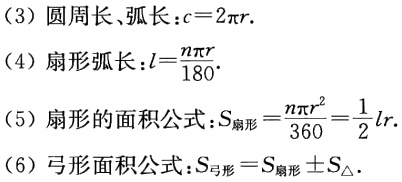
（3）圆周长、弧长：\(c = 2\pi r\).

（4）扇形弧长：\(l=\frac{n\pi r}{180}\).

（5）扇形的面积公式：\(S_{扇形}=\frac{n\pi r^{2}}{360}=\frac{1}{2}lr\).

（6）弓形面积公式：\(S_{弓形}=S_{扇形}\pm S_{\triangle}\).